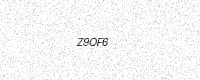
Text: Z9OF6